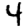
Digit: 4